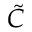
\tilde { C }